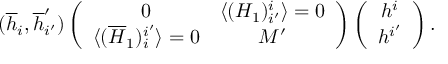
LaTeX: ( \overline { { { h } } } _ { i } , \overline { { { h } } } _ { i ^ { \prime } } ^ { \prime } ) \left( \begin{array} { c c } { { 0 } } & { { \langle ( H _ { 1 } ) _ { i ^ { \prime } } ^ { i } \rangle = 0 } } \\ { { \langle ( \overline { { { H } } } _ { 1 } ) _ { i } ^ { i ^ { \prime } } \rangle = 0 } } & { { M ^ { \prime } } } \end{array} \right) \left( \begin{array} { c } { { h ^ { i } } } \\ { { h ^ { i ^ { \prime } } } } \end{array} \right) .